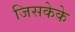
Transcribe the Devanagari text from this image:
जिसकेके